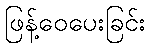
ဖြန့်ဝေပေးခြင်း